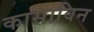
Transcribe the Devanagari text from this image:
कासाविन